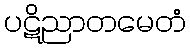
ပဋိညာတမေတံ